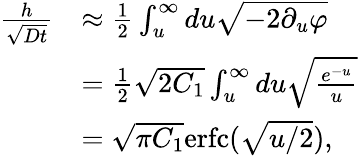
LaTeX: \begin{array}{rl}{\frac{h}{\sqrt{Dt}}}&{\approx\frac{1}{2}\int_{u}^{\infty}du\sqrt{-2\partial_{u}\varphi}}\\ &{=\frac{1}{2}\sqrt{2C_{1}}\int_{u}^{\infty}du\sqrt{\frac{e^{-u}}{u}}}\\ &{=\sqrt{\pi C_{1}}\mathrm{erfc}(\sqrt{u/2}),}\end{array}